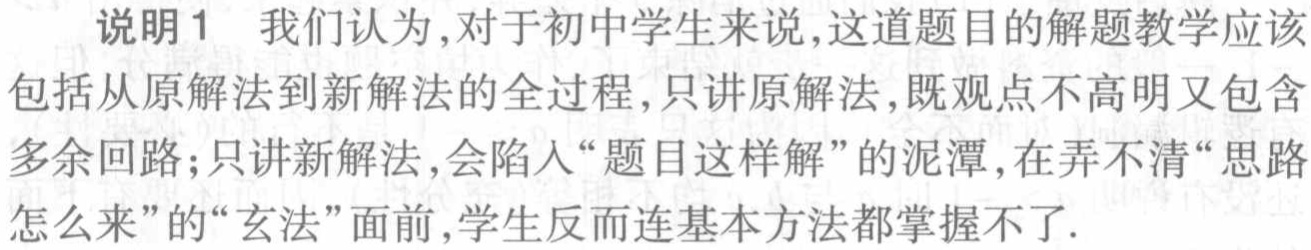
说明1 我们认为,对于初中学生来说,这道题目的解题教学应该
包括从原解法到新解法的全过程,只讲原解法,既观点不高明又包含
多余回路;只讲新解法,会陷入“题目这样解”的泥潭,在弄不清“思路
怎么来”的“玄法”面前,学生反而连基本方法都掌握不了.